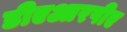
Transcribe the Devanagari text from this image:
डीएआरपीए